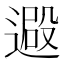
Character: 𨕮